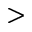
>